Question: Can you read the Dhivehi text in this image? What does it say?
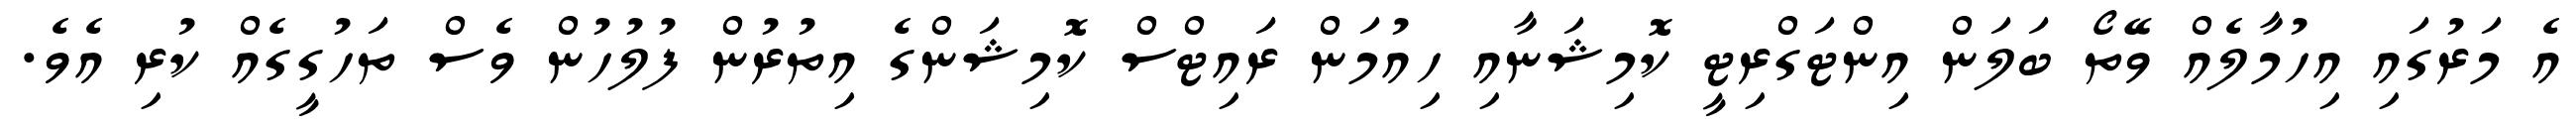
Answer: އެ މަރުގައި އިހުމާލެއް ވޭތޯ ބަލަން އިންޓަގްރިޓީ ކޮމިޝަނާއި ހިއުމަން ރައިޓްސް ކޮމިޝަންގެ އިތުރުން ފުލުހުން ވެސް ތަހުގީގެއް ކުރި އެވެ.